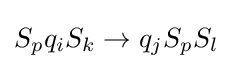
S_{p}q_{i}S_{k}\to q_{j}S_{p}S_{l}